Malarial fevers
Disease focus: Malaria
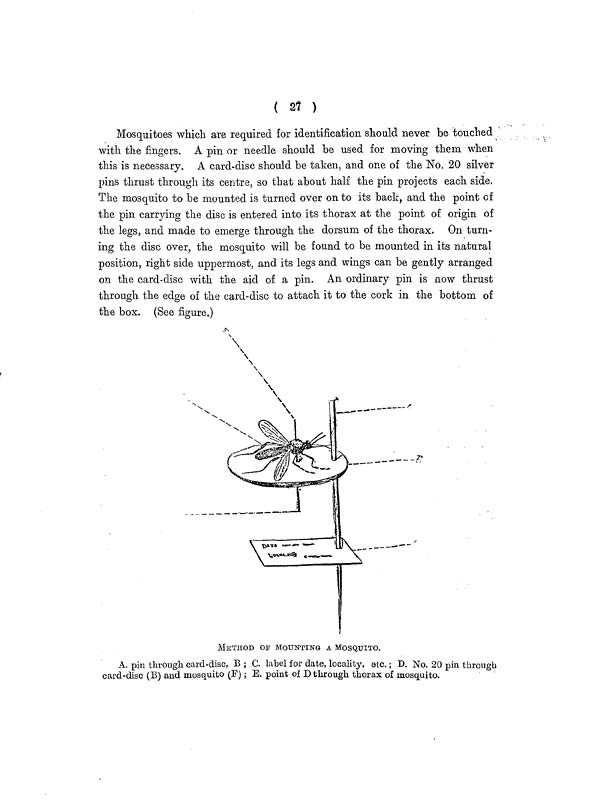
( 27 )
Mosquitoes which are required for identification should never be touched
with the fingers. A pin or needle should be used for moving them when
this is necessary. A card-disc should be taken, and one of the No. 20 silver
pins thrust through its centre, so that about half the pin projects each side.
The mosquito to be mounted is turned over on to its back, and the point of
the pin carrying the disc is entered into its thorax at the point of origin of
the legs, and made to emerge through the dorsum of the thorax. On turn-
ing the disc over, the mosquito will be found to be mounted in its natural
position, right side uppermost, and its legs and wings can be gently arranged
on the card-disc with the aid of a pin. An ordinary pin is now thrust
through the edge of the card-disc to attach it to the cork in the bottom of
the box. (See figure.)
METHOD oF MOUNTING A MOSQUITO.
A. pin through card-disc, B ; C. label for date, locality, etc.; D. No. 20 pin through
card-disc (B) and mosquito (F) ; E. point of D through thorax of mosquito.